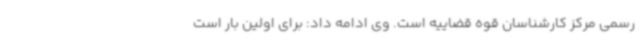
رسمی مرکز کارشناسان قوه قضاییه است. وی ادامه داد: برای اولین بار است